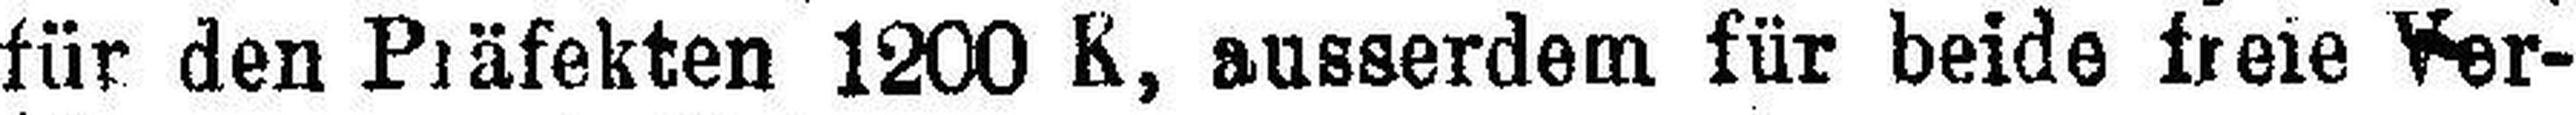
für den Präfekten 1200 K, ausserdem für beide freie Ver¬